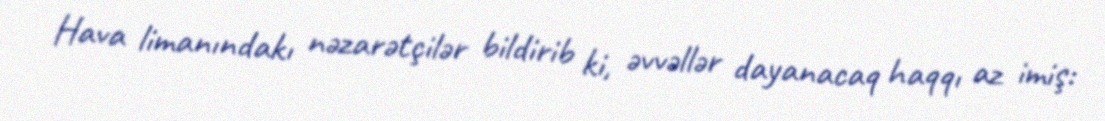
Hava limanındakı nəzarətçilər bildirib ki, əvvəllər dayanacaq haqqı az imiş: